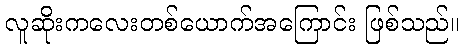
လူဆိုးကလေးတစ်ယောက်အကြောင်း ဖြစ်သည်။